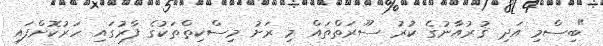
"ބިސްމި އަދި ޤުރުއާނުގެ ކުރު ސޫރަތްތައް މި ރަށު މިސްކިތްތަކުގެ ފާރުގައި ހަރުކޮށްފައި